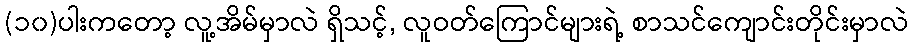
(၁၀)ပါးကတော့ လူ့အိမ်မှာလဲ ရှိသင့်, လူဝတ်ကြောင်များရဲ့ စာသင်ကျောင်းတိုင်းမှာလဲ